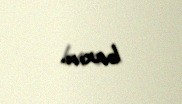
baxın.